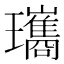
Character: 瓗